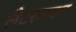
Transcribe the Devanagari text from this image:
लैटरबक्स